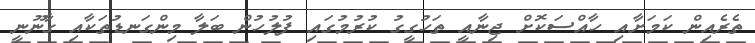
ތެރެއިން ކަމަށާއި ހާއްސަކޮށް ޖިނާއީ ތަހުގީގު ކުރުމުގައި ފުލުހުން ބަލާ މިންގަނޑުތަކާއި ގާނޫނީ